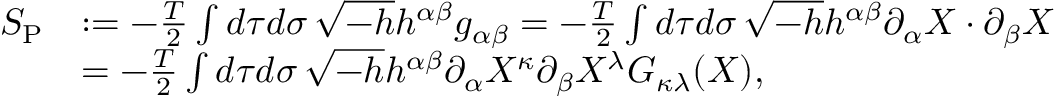
\begin{array} { r l } { S _ { \mathrm { P } } } & { : = - \frac { T } { 2 } \int d \tau d \sigma \, \sqrt { - h } h ^ { \alpha \beta } g _ { \alpha \beta } = - \frac { T } { 2 } \int d \tau d \sigma \, \sqrt { - h } h ^ { \alpha \beta } \partial _ { \alpha } X \cdot \partial _ { \beta } X } \\ & { = - \frac { T } { 2 } \int d \tau d \sigma \, \sqrt { - h } h ^ { \alpha \beta } \partial _ { \alpha } X ^ { \kappa } \partial _ { \beta } X ^ { \lambda } G _ { \kappa \lambda } ( X ) , } \end{array}